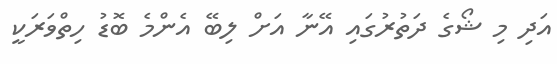
އަދި މި ޝޯގެ ދަތުރުގައި އޭނާ އަށް ލިބޭ އެންމެ ބޮޑު ހިތްވަރަކީ